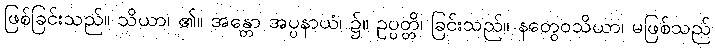
ဖြစ်ခြင်းသည်။ သိယာ၊ ၏။ အန္တော အပ္ပနာယံ၊ ၌။ ဥပ္ပတ္တိ၊ ခြင်းသည်။ နတွေဝသိယာ၊ မဖြစ်သည်